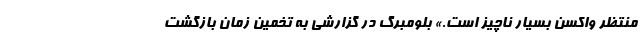
منتظر واکسن بسیار ناچیز است.» بلومبرگ در گزارشی به تخمین زمان بازگشت